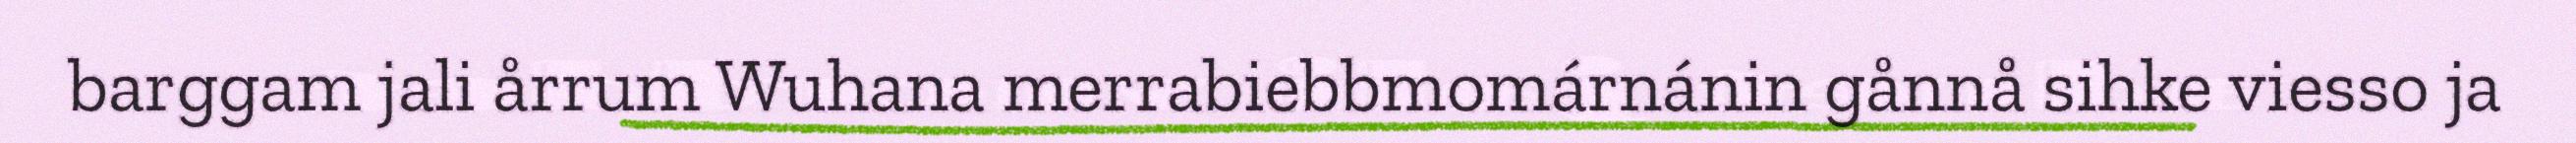
barggam jali årrum Wuhana merrabiebbmomárnánin gånnå sihke viesso ja